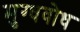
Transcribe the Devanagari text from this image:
मुग्धवोध